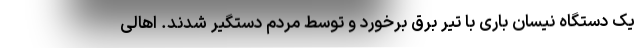
یک دستگاه نیسان باری با تیر برق برخورد و توسط مردم دستگیر شدند. اهالی